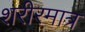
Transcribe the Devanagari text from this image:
शरीरमात्र